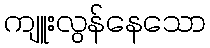
ကျူးလွန်နေသော